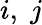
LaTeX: i,\; j